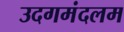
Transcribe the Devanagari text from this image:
उदगमंदलम